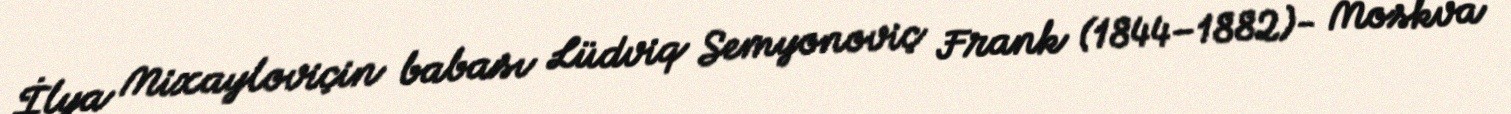
İlya Mixayloviçin babası Lüdviq Semyonoviç Frank (1844–1882)- Moskva